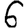
Digit: 6